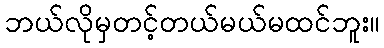
ဘယ်လိုမှတင့်တယ်မယ်မထင်ဘူး။